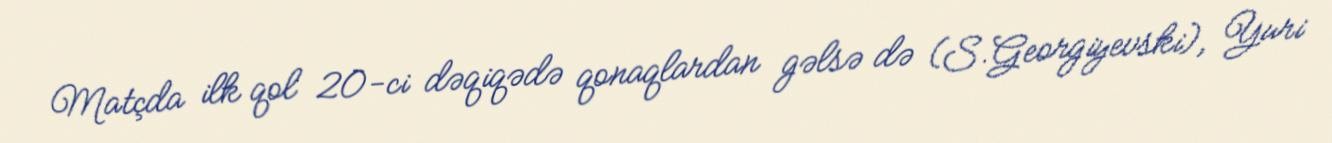
Matçda ilk qol 20-ci dəqiqədə qonaqlardan gəlsə də (S.Georgiyevski), Yuri